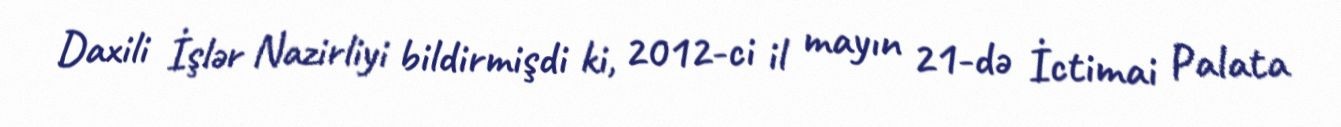
Daxili İşlər Nazirliyi bildirmişdi ki, 2012-ci il mayın 21-də İctimai Palata